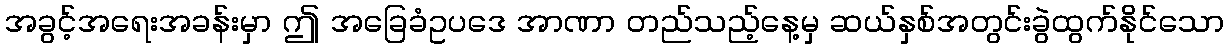
အခွင့်အရေးအခန်းမှာ ဤ အခြေခံဥပဒေ အာဏာ တည်သည့်နေ့မှ ဆယ်နှစ်အတွင်းခွဲထွက်နိုင်သော